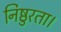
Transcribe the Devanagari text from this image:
निष्ठुरता।